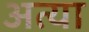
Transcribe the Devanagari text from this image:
अत्या